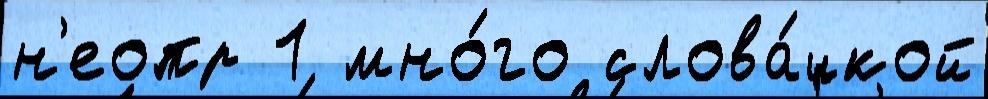
н'еопр 1 мно́го слова́цкой